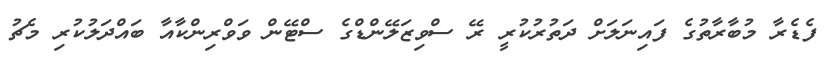
ފެޑެރާ މުބާރާތުގެ ފައިނަލަށް ދަތުރުކުރީ ރޭ ސްވިޒަލޭންޑްގެ ސްޓޭން ވަވްރިންކާއާ ބައްދަލުކުރި މެޗު